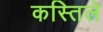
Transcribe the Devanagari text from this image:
कस्तिले